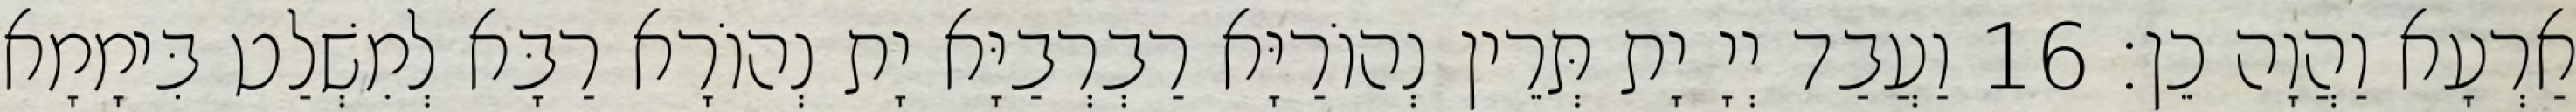
אַרְעָא וַהֲוָה כֵן׃ 16 וַעֲבַד יְיָ יָת תְּרֵין נְהוֹרַיָּא רַבְרְבַיָּא יָת נְהוֹרָא רַבָּא לְמִשְׁלַט בִּימָמָא